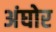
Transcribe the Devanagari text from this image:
अंघोर